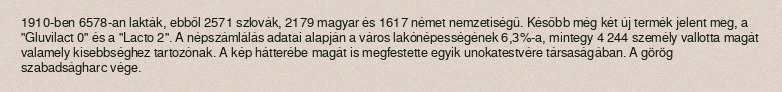
1910-ben 6578-an lakták, ebből 2571 szlovák, 2179 magyar és 1617 német nemzetiségű. Később még két új termék jelent meg, a "Gluvilact 0" és a "Lacto 2". A népszámlálás adatai alapján a város lakónépességének 6,3%-a, mintegy 4 244 személy vallotta magát valamely kisebbséghez tartozónak. A kép hátterébe magát is megfestette egyik unokatestvére társaságában. A görög szabadságharc vége.